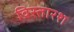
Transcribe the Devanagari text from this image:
विस्तारश